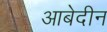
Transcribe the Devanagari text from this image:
आबेदीन